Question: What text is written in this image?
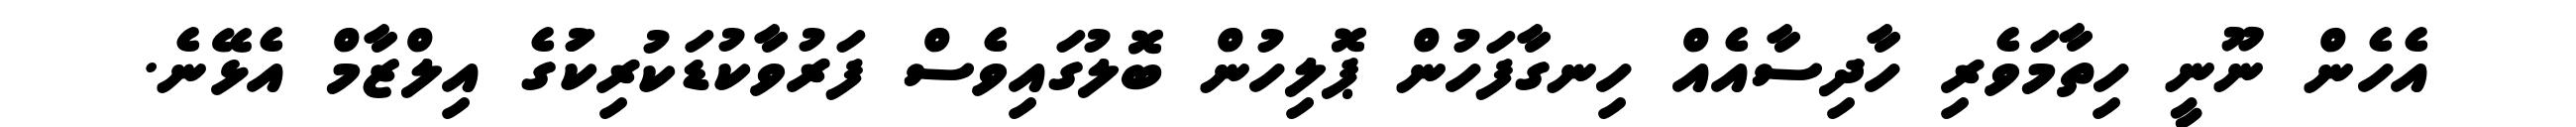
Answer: އެހެން ނޫނީ ހިތާމަވެރި ހާދިސާއެއް ހިނގާފަހުން ޕޮލިހުން ބޮލުގައިވެސް ފަރުވާކުޑަކުރިކަުގެ އިލްޒާމް އެޅޭނެ.